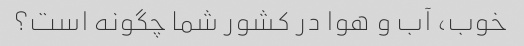
خوب، آب و هوا در کشور شما چگونه است؟